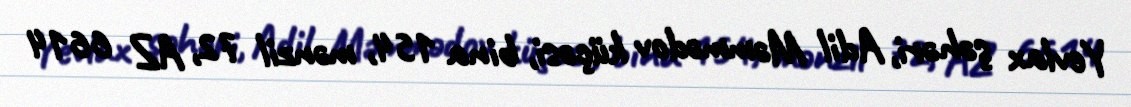
Yevlax şəhəri, Adil Məmmədov küçəsi, bina 154, mənzil 72, AZ 6614